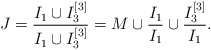
\begin{align*}J = \frac{I_1 \cup I_3^{[3]}}{I_1 \cup I_3^{[3]}} = M \cup \frac{I_1}{I_1} \cup \frac{I_3^{[3]}}{I_1}.\end{align*}